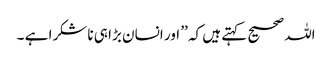
اللہ صحیح کہتے ہیں کہ ’’ اور انسان بڑا ہی ناشکرا ہے ۔